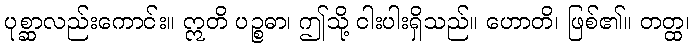
ပုစ္ဆာလည်းကောင်း။ ဣတိ ပဉ္စဓာ၊ ဤသို့ ငါးပါးရှိသည်။ ဟောတိ၊ ဖြစ်၏။ တတ္ထ၊